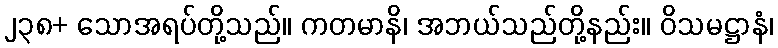
၂၃၈+ သောအရပ်တို့သည်။ ကတမာနိ၊ အဘယ်သည်တို့နည်း။ ဝိသမဋ္ဌာနံ၊